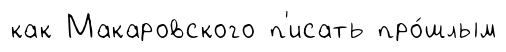
как Макаровского п'исать про́шлым